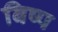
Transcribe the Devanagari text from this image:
बिष्प